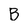
Character: B